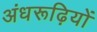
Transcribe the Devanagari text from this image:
अंधरूढ़ियों